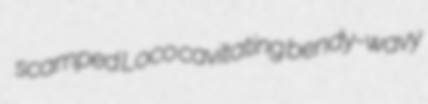
scamped Loco cavitating bendy-wavy